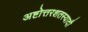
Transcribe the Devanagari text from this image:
अष्टोत्तरशतस्यादौ